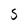
Character: S